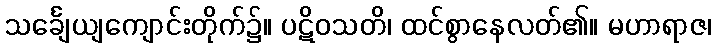
သင်္ချေယျကျောင်းတိုက်၌။ ပဋိဝသတိ၊ ထင်စွာနေလတ်၏။ မဟာရာဇ၊